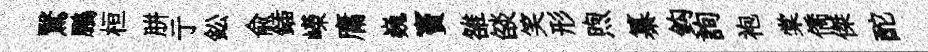
鷖鵬桓胼亍鈆俞鍤嶸庸巍竇雒燄笑形煦纂鈎詢袍棠僑傑酡